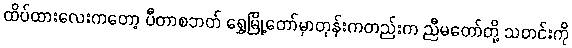
ထိပ်ထားလေးကတော့ ပီတာစဘတ် ရွှေမြို့တော်မှာတုန်းကတည်းက ညီမတော်တို့ သတင်းကို